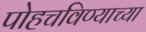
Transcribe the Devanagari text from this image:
पोहचविण्याच्या